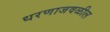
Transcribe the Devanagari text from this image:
धरणाजवळील